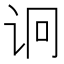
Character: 诇